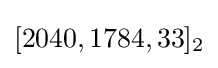
[2040,1784,33]_{2}